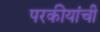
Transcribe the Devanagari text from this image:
परकीयांची